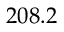
2 0 8 . 2